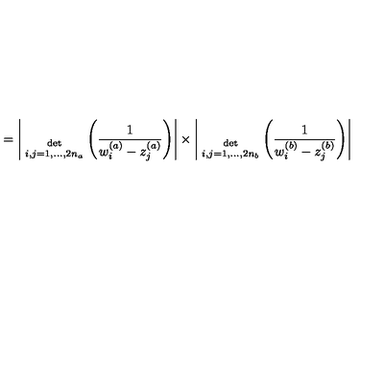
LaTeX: = \Bigg | { \atop { \mathrm { d e t } \atop { \scriptstyle i , j = 1 , . . . , 2 n _ { a } } } } \Bigg ( \frac { 1 } { w _ { i } ^ { ( a ) } - z _ { j } ^ { ( a ) } } \Bigg ) \Bigg | \times \Bigg | { \atop { \mathrm { d e t } \atop { \scriptstyle i , j = 1 , . . . , 2 n _ { b } } } } \Bigg ( \frac { 1 } { w _ { i } ^ { ( b ) } - z _ { j } ^ { ( b ) } } \Bigg ) \Bigg |